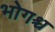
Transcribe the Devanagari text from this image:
भोगश्च